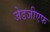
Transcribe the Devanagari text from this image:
जेडजीएफ